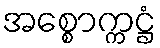
အစ္စောက္ကဋ္ဌံ